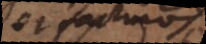
et facturum